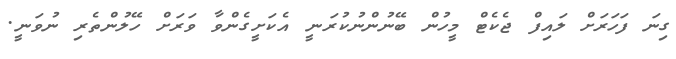
ގިނަ ފަހަރަށް ލައިފް ޖެކެޓް މީހުން ބޭނުންނުކުރަނީ އެކަށީގެންވާ ވަރަށް ހޭލުންތެރި ނުވަނީ.